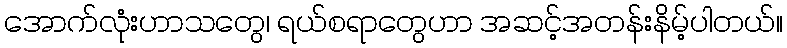
အောက်လုံးဟာသတွေ၊ ရယ်စရာတွေဟာ အဆင့်အတန်းနိမ့်ပါတယ်။